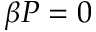
\beta P = 0